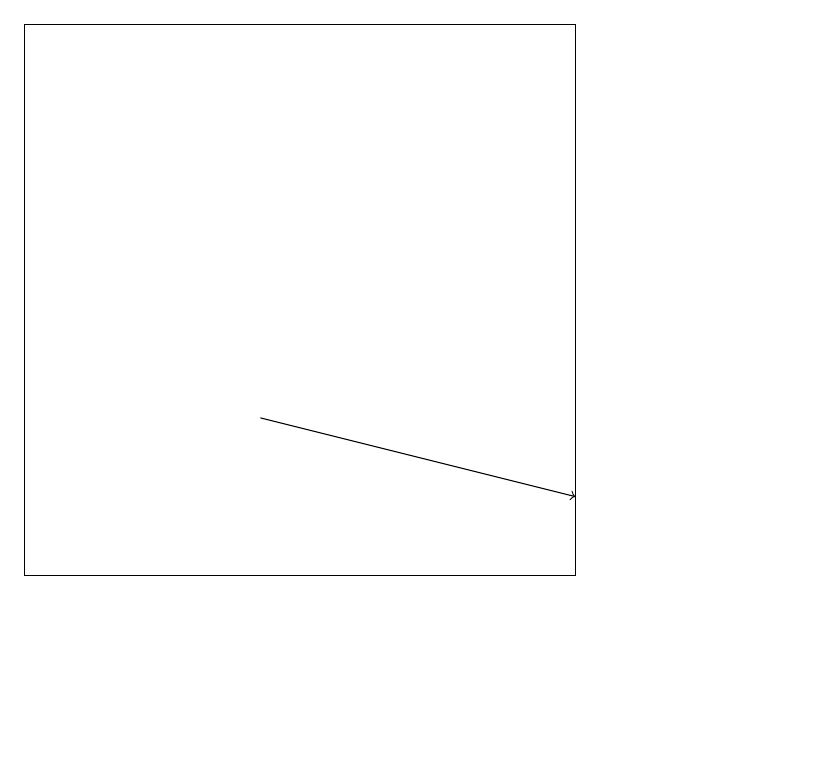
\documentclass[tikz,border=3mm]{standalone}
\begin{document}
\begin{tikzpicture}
\draw (10,10) circle (0);
\draw (0,19) rectangle (7,12);
\draw[->] (3,14) -- (7,13);
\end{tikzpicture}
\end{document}